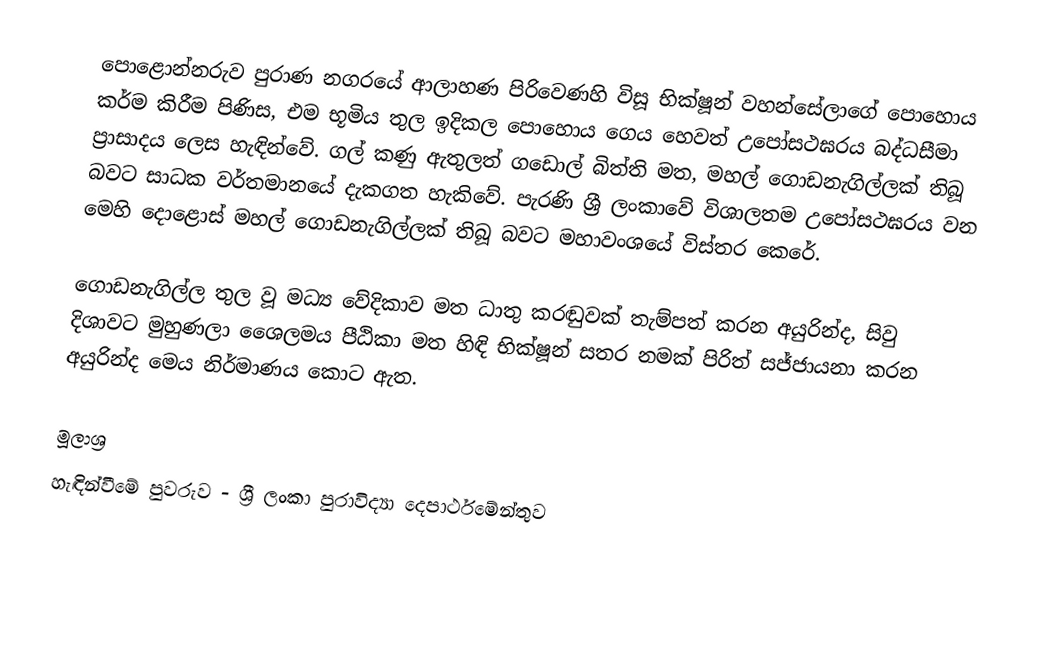
පොළොන්නරුව පුරාණ නගරයේ ආලාහණ පිරිවෙණහි විසූ භික්ෂූන් වහන්සේලාගේ පොහොය කර්ම කිරීම පිණිස, එම භූමිය තුල ඉදිකල පොහොය ගෙය හෙවත් උපෝසථඝරය බද්ධසීමා ප්‍රාසාදය ලෙස හැඳින්වේ. ගල් කණු ඇතුලත් ගඩොල් බිත්ති මත, මහල් ගොඩනැගිල්ලක් තිබූ බවට සාධක වර්තමානයේ දැකගත හැකිවේ. පැරණි ශ්‍රී ලංකාවේ විශාලතම උපෝසථඝරය වන මෙහි දොළොස් මහල් ගොඩනැගිල්ලක් තිබූ බවට මහාවංශයේ විස්තර කෙරේ.

ගොඩනැගිල්ල තුල වූ මධ්‍ය වේදිකාව මත ධාතු කරඬුවක් තැම්පත් කරන අයුරින්ද, සිවු දිශාවට මුහුණලා ශෙෙලමය පීඨිකා මත හිඳි භික්ෂූන් සතර නමක් පිරිත් සජ්ජායනා කරන අයුරින්ද මෙය නිර්මාණය කොට ඇත.

මූලාශ්‍ර
හැඳින්වීමේ පුවරුව - ශ්‍රී ලංකා පුරාවිද්‍යා දෙපාර්ථමේන්තුව